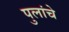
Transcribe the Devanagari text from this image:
पुलांचे